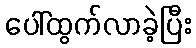
ပေါ်ထွက်လာခဲ့ပြီး